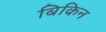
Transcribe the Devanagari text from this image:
बिकिन